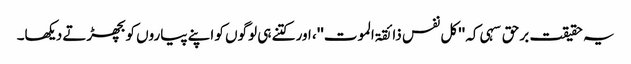
یہ حقیقت برحق سہی کہ ''کل نفس ذائقۃ الموت''، اور کتنے ہی لوگوں کو اپنے پیاروں کو بچھڑتے دیکھا۔